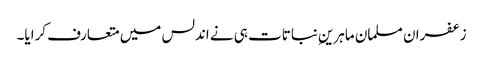
زعفران مسلمان ماہرینِ نباتات ہی نے اندلس میں متعارف کرایا۔